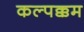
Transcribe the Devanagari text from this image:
कल्पक्कम